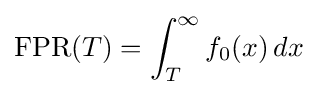
{\mbox{FPR}}(T)=\int _{T}^{\infty }f_{0}(x)\,dx